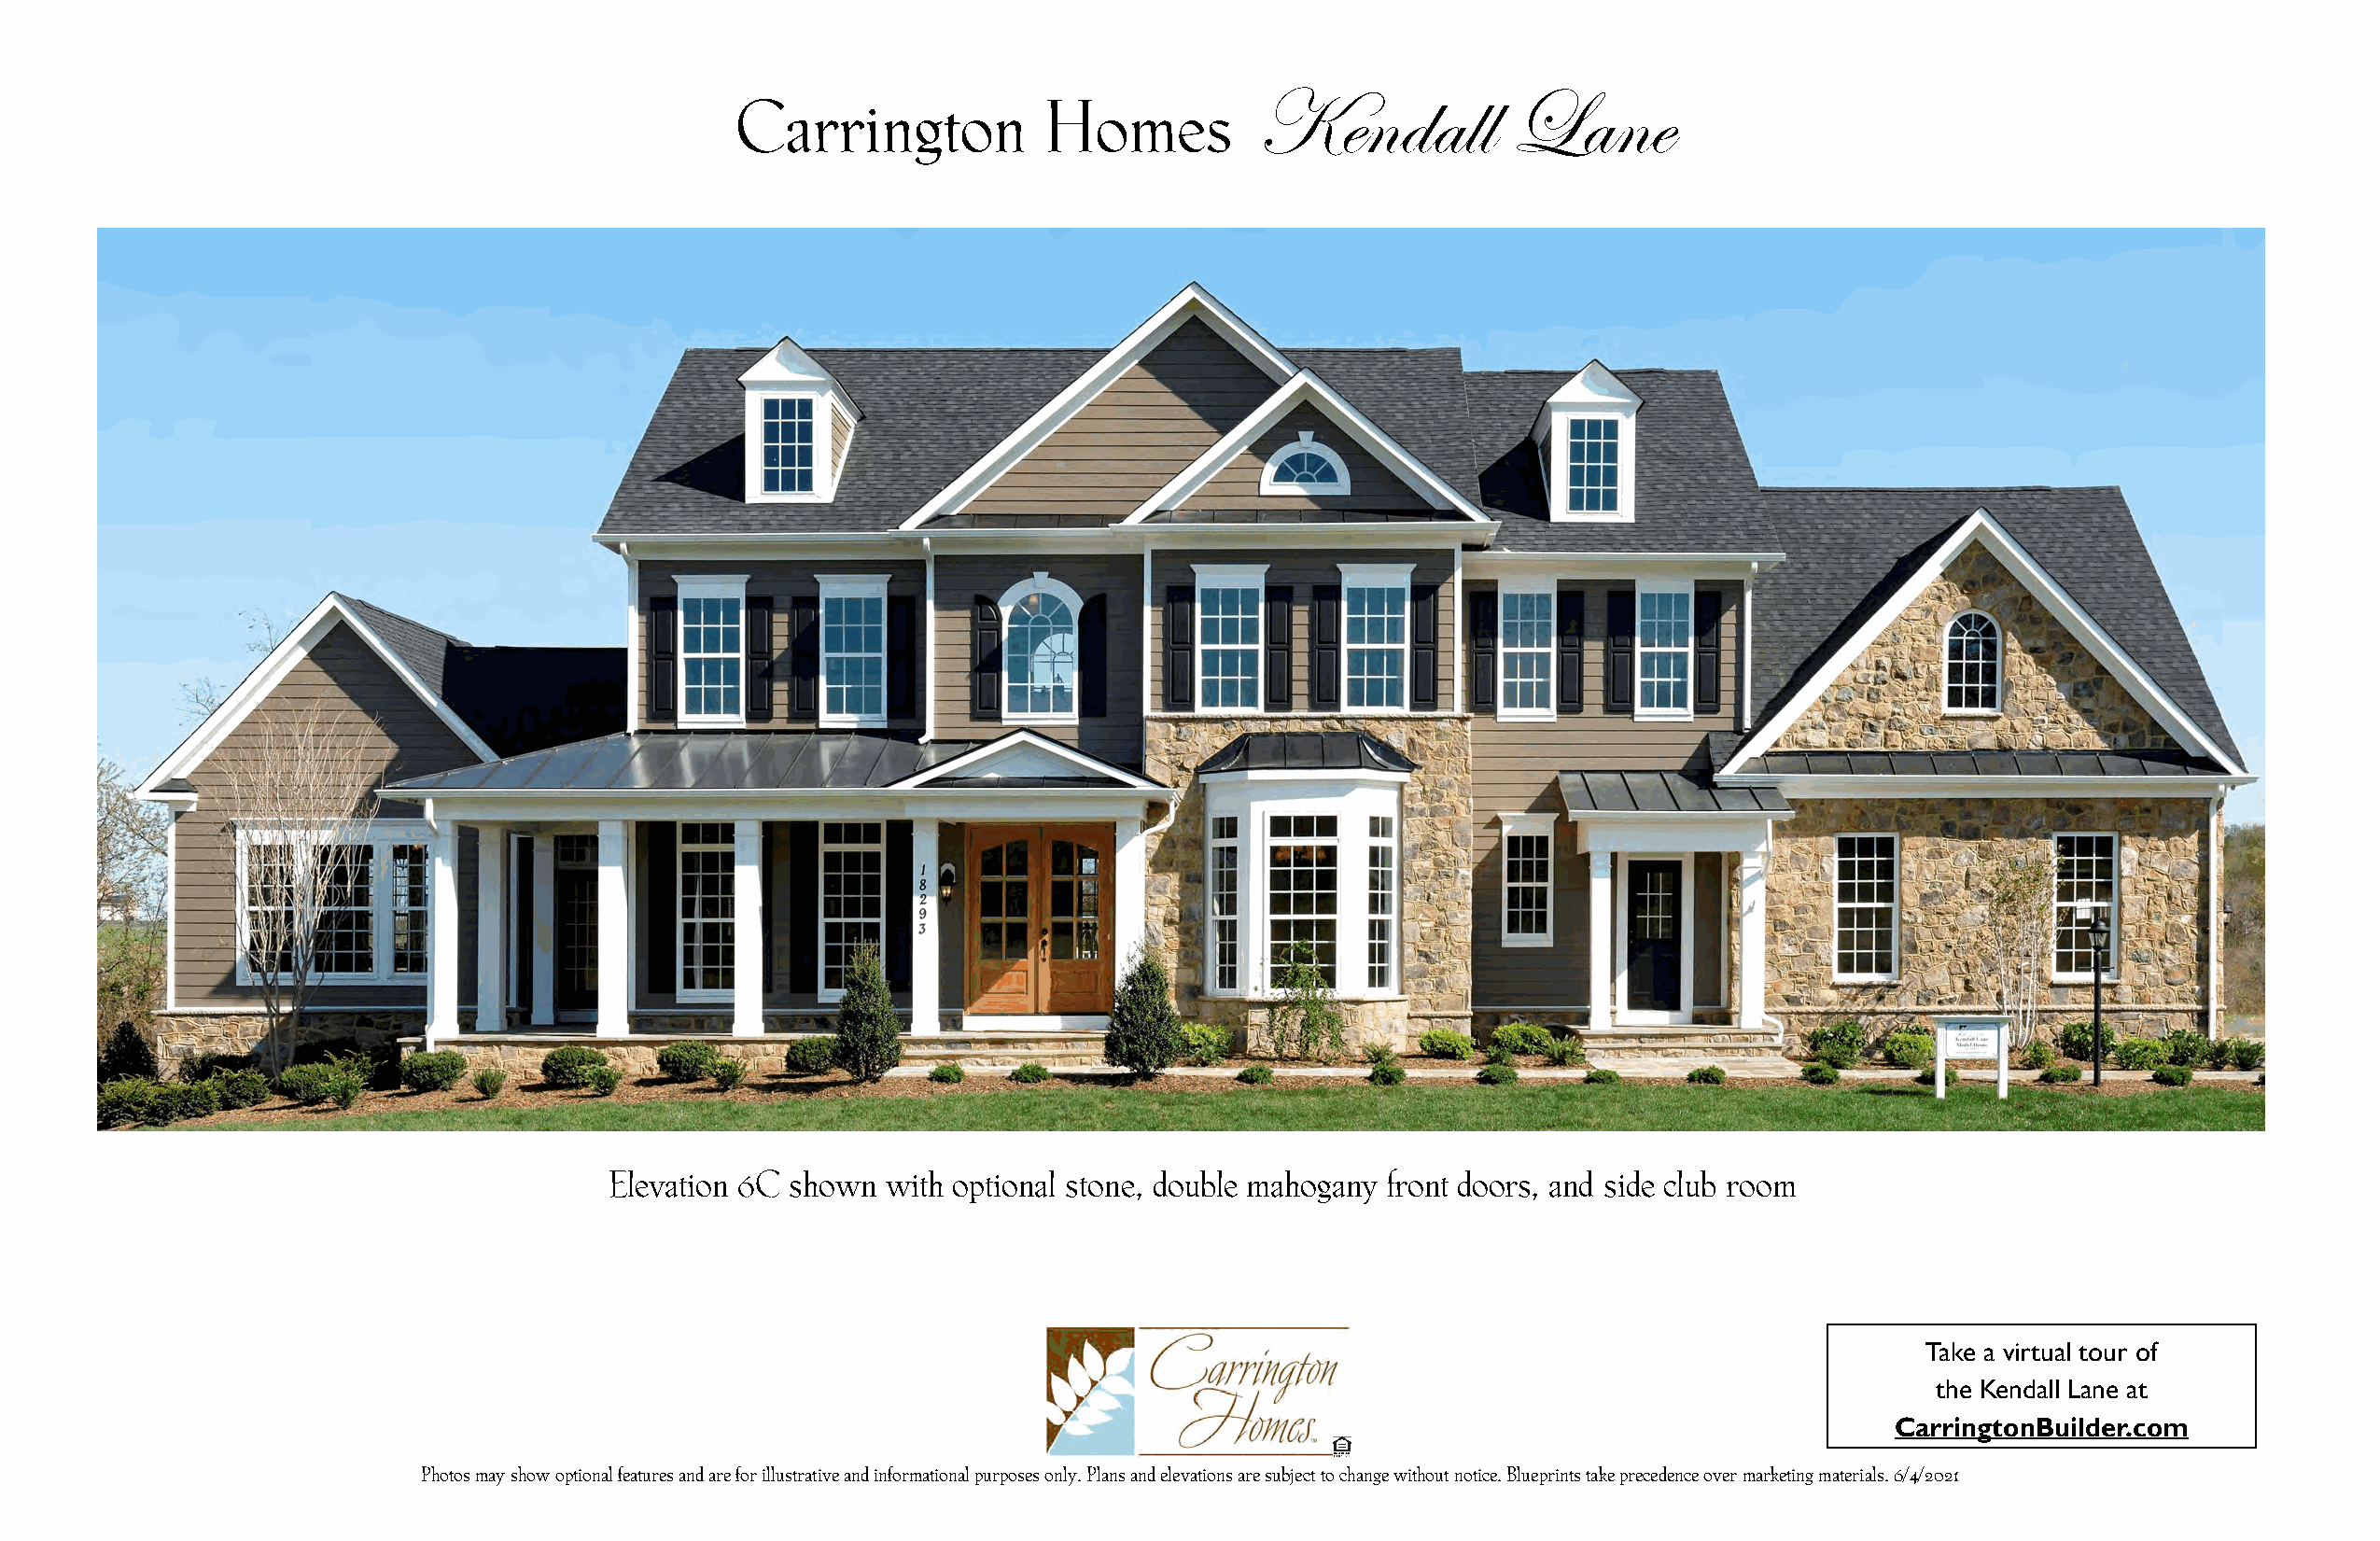
Kendall           Lane
 Carrington            Homes
 Elevation 6C shown  with optional stone, double mahogany front doors, and side club room
 Take a virtual tour of
 the Kendall Lane at
 CarringtonBuilder.com
 Photos may show optional features and are for illustrative and informational purposes only. Plans and elevations are subject to change without notice. Blueprints take precedence over marketing materials. 6/4/2021